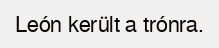
León került a trónra.